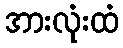
အားလုံးထံ